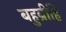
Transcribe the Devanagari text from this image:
बहुब्रीहि